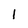
Character: 1